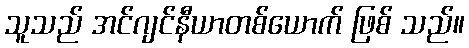
သူသည် အင်ဂျင်နီယာတစ်ယောက် ဖြစ် သည်။